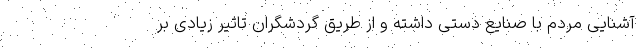
آشنایی مردم با صنایع دستی داشته و از طریق گردشگران تاثیر زیادی بر